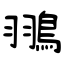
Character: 翵